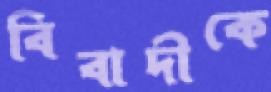
বিবাদীকে